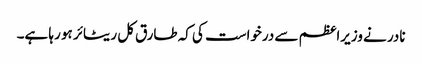
نادر نے وزیراعظم سے درخواست کی کہ طارق کل ریٹائر ہو رہا ہے۔